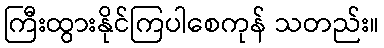
ကြီးထွားနိုင်ကြပါစေကုန် သတည်း။